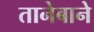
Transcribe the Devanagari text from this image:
तानेबाने